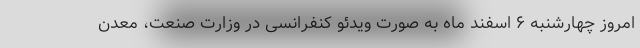
امروز چهارشنبه ۶ اسفند ماه به صورت ویدئو کنفرانسی در وزارت صنعت، معدن